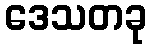
ဒေသတခု